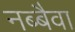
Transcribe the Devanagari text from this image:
नब्बैवा